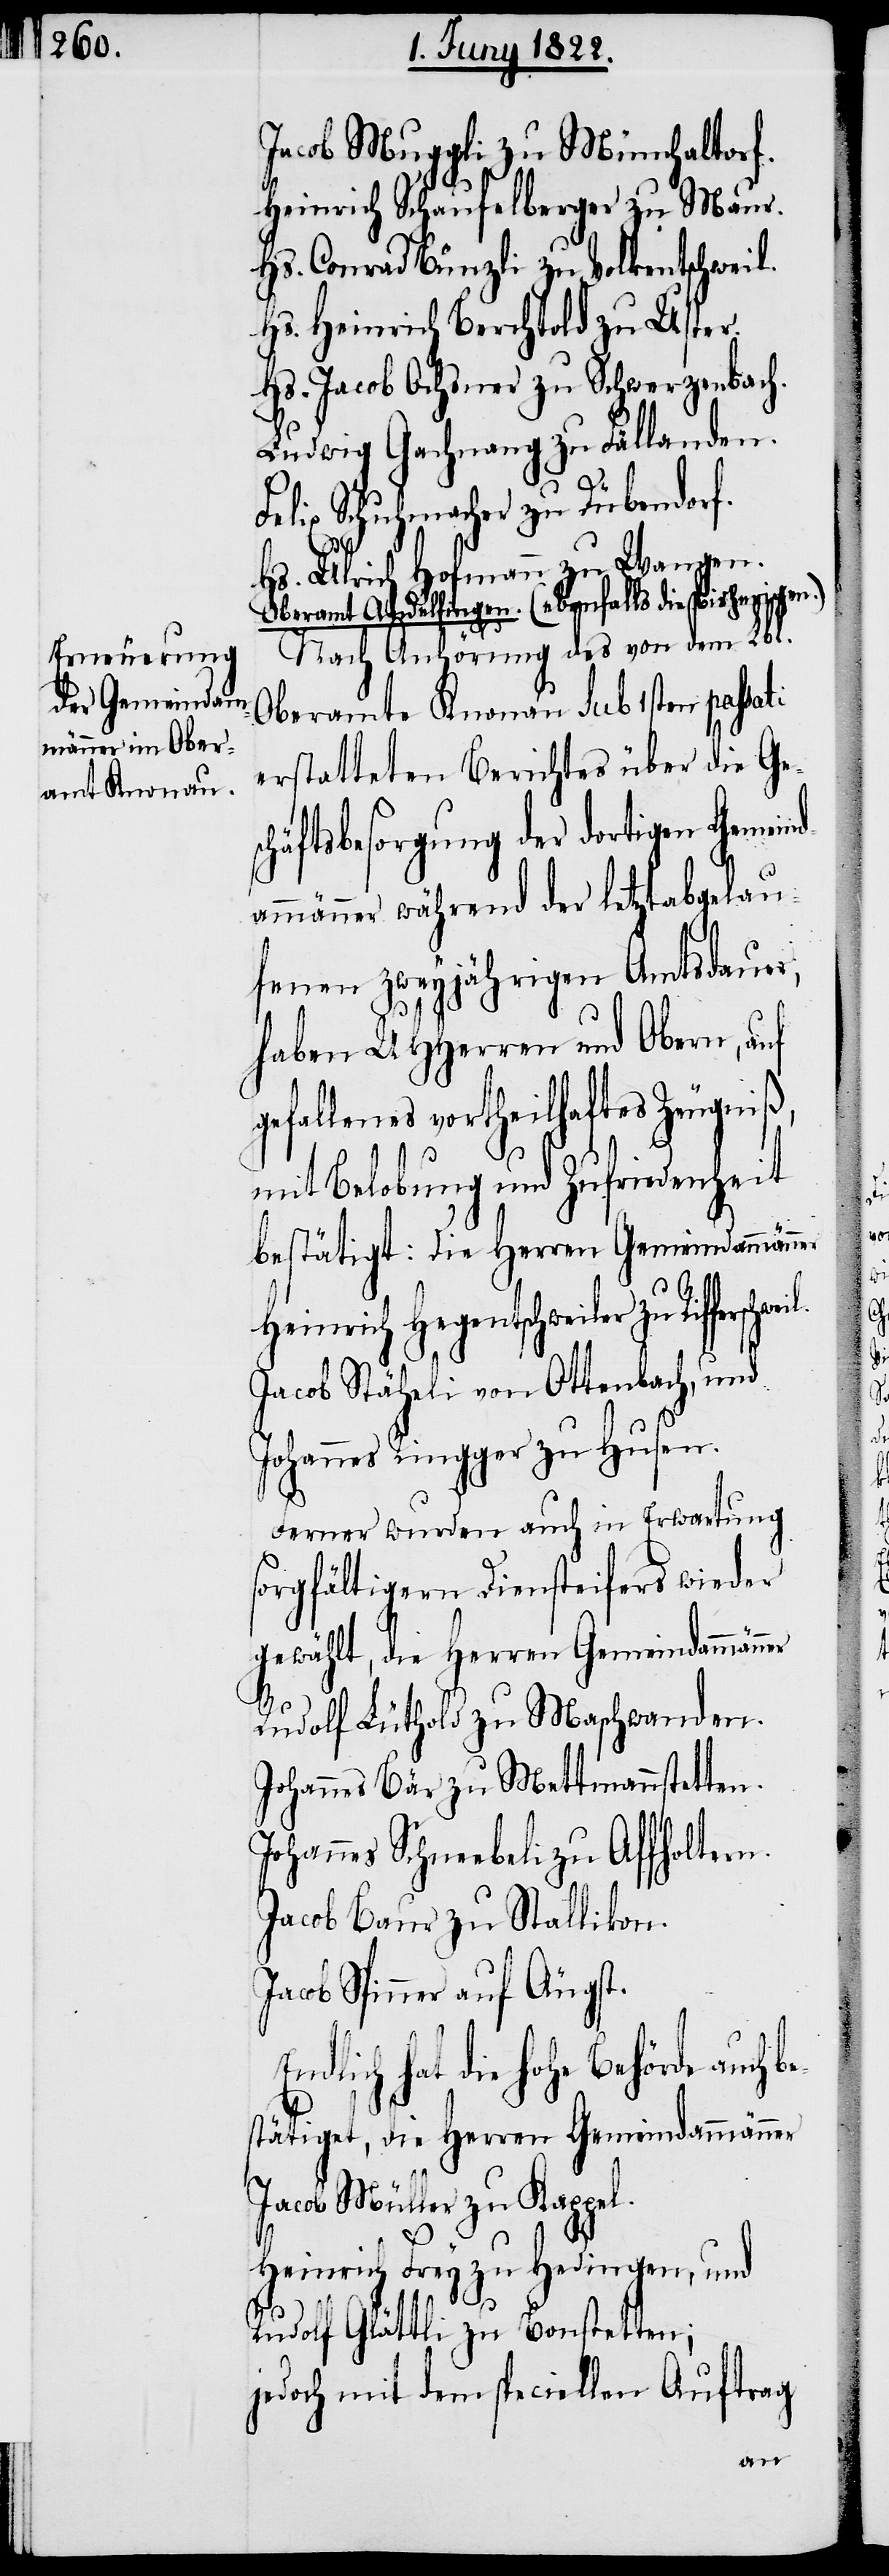
Jacob Muggli zu Münchaltorf.
Heinrich Schaufelberger zu Maur.
Hs. Conrad Bünzli zu Volkentschweil.
Hs. Heinrich Berchtold zu Uster.
Hs. Jacob Ochsner zu Schwerzenbach.
Ludwig Gachnang zu Fällanden.
Felix Schuhmacher zu Dübendorf.
Hs. Ulrich Hofmann zu Wangen.
Oberamt Andelfingen. (ebenfalls die bisherigen.)
Nach Anhörung des von dem Lbl.
Oberamte Knonau sub 1sten passati
erstatteten Berichtes über die Ges¬
chäftsbesorgung der dortigen Gemein¬
dammänner während der letztabgelau¬
fenen zweyjährigen Amtsdauer,
haben UHHerren und Obern, auf
gefallenes vortheilhaftes Zeugniß,
mit Belobung und Zufriedenheit
bestätiget, die Herrn Gemeindammänner
Heinrich Hegentschweiler zu
Jacob Stäheli von Ottenbach, und
Johannes Ringger zu Husen.
Ferner wurden auch in Erwartung
sorgfältigern Diensteifers wieder
gewählt, die Herren Gemeindammänner
Rudolf Lüthold zu Maschwanden.
Johannes Bär zu Mettmannstetten.
Johannes Schneebeli zu Affholter¬
Jacob Baur zu Stallikon.
Jacob Spinner auf Aügst.
dlich hat die hohe Behörde auch
Jacob Müller zu Kappel.
Heinrich Frey zu Hedingen, und
Rudolf Glättli zu Bonstetten;
jedoch mit dem speciellen Auftrag
En¬